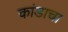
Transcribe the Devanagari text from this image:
कांडाचा